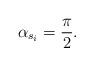
LaTeX: \begin{align*}\alpha_{s_i} = \frac{\pi}{2}.\end{align*}